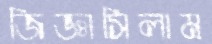
জিজ্ঞাসিলাম